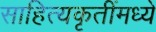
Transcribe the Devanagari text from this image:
साहित्यकृतींमध्ये